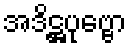
အဒိဋ္ဌပုဗ္ဗော